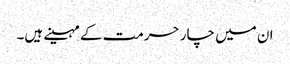
ان میں چار حرمت کے مہینے ہیں۔